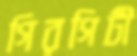
গিরগিটী